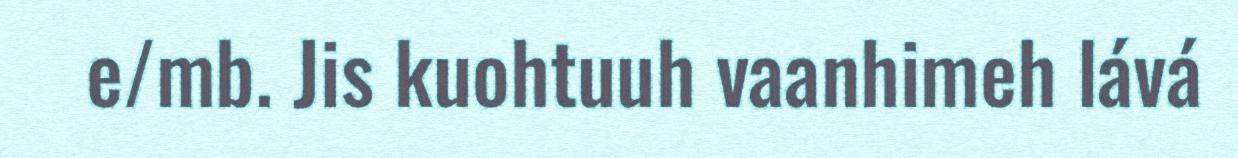
e/mb. Jis kuohtuuh vaanhimeh lává